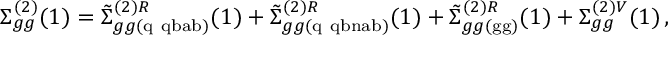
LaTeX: \Sigma _ { g g } ^ { ( 2 ) } ( 1 ) = \tilde { \Sigma } _ { g g ( \mathrm { q \ q b a b } ) } ^ { ( 2 ) R } ( 1 ) + \tilde { \Sigma } _ { g g ( \mathrm { q \ q b n a b } ) } ^ { ( 2 ) R } ( 1 ) + \tilde { \Sigma } _ { g g ( \mathrm { g g } ) } ^ { ( 2 ) R } ( 1 ) + \Sigma _ { g g } ^ { ( 2 ) V } ( 1 ) \, ,